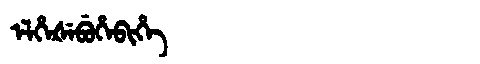
Manchu: ᡝᠯᡥᡝᡧᡝᠪᡠᡥᡝᠪᡳᡥᡝ
Romanization: ELHEŠEBUHEBIHE